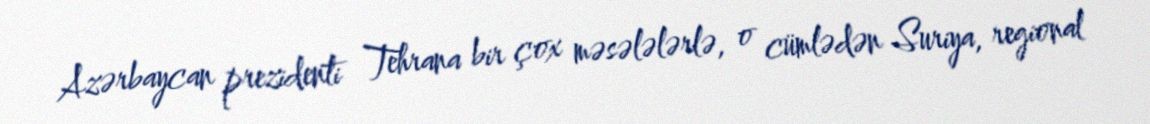
Azərbaycan prezidenti Tehrana bir çox məsələlərlə, o cümlədən Suriya, regional